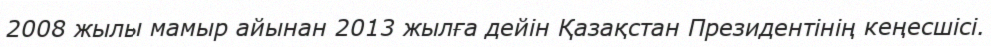
2008 жылы мамыр айынан 2013 жылға дейін Қазақстан Президентінің кеңесшісі.